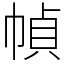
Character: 幀